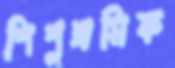
শিশুশ্রমিক